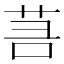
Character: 𦮑